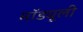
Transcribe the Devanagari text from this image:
मॉड्यूली